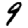
Digit: 9